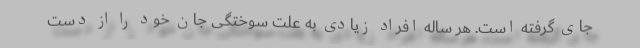
جای ‌گرفته است. هر ساله افراد زیادی به علت سوختگی جان خود را از دست